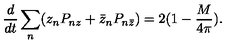
\frac { d } { d t } \sum _ { n } ( z _ { n } P _ { n z } + \bar { z } _ { n } P _ { n \bar { z } } ) = 2 ( 1 - \frac { M } { 4 \pi } ) .